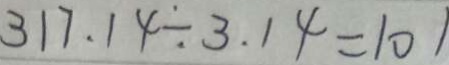
3 1 7 . 1 4 \div 3 . 1 4 = 1 0 1